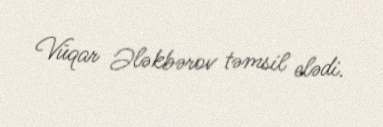
Vüqar Ələkbərov təmsil elədi.